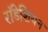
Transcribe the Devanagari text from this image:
राॅडेशियन